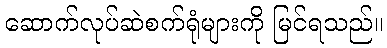
ဆောက်လုပ်ဆဲစက်ရုံများကို မြင်ရသည်။